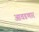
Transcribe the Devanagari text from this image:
आवडणारं